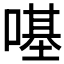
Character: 𠼻